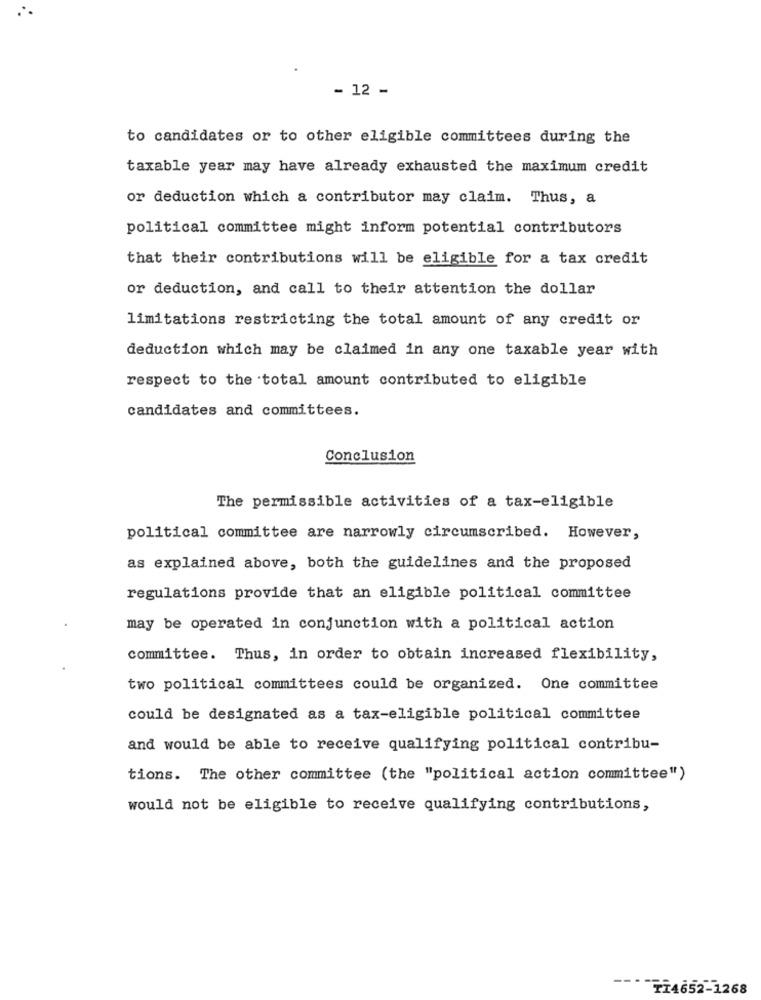
- 12 -
to candidates or to other eligible committees during the
taxable year may have already exhausted the maximum credit
or deduction which a contributor may claim. Thus, a
political committee might inform potential contributors
that their contributions will be eligible for a tax credit
or deduction, and call to their attention the dollar
limitations restricting the total amount of any credit or
deduction which may be claimed in any one taxable year with
respect to the total amount contributed to eligible
candidates and committees.
Conclusion
The permissible activities of a tax-eligible
political committee are narrowly circumscribed. However,
as explained above, both the guidelines and the proposed
regulations provide that an eligible political committee
may be operated in conjunction with a political action
committee. Thus, in order to obtain increased flexibility,
two political committees could be organized. One committee
could be designated as a tax-eligible political committee
and would be able to receive qualifying political contribu-
tions. The other committee (the "political action committee")
would not be eligible to receive qualifying contributions,
TI4652-1268